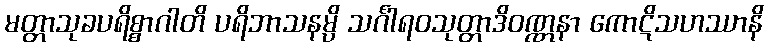
မတ္တာသုခပရိစ္စာဂါတိ ပရိဘာသနမ္ပိ သင်္ဂါရဝသုတ္တာဒိဝဏ္ဏနာ ကောဋိသဟဿာနိ